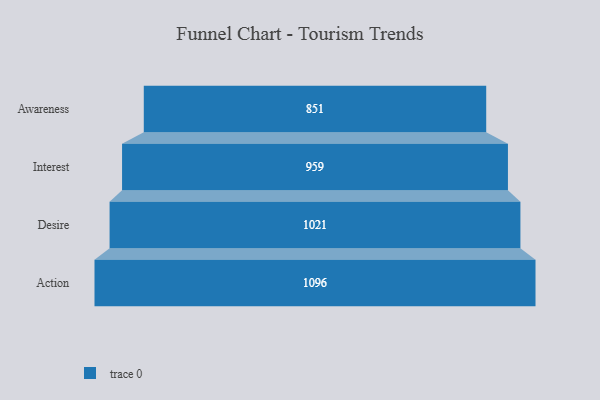
{"axis": {"x": "Stage", "y": "Value"}, "legend": [""], "data": [{"x": "Awareness", "y": 851.0, "type": ""}, {"x": "Interest", "y": 959.0, "type": ""}, {"x": "Desire", "y": 1021.0, "type": ""}, {"x": "Action", "y": 1096.0, "type": ""}]}